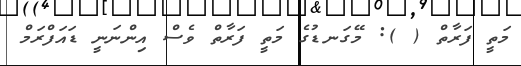
މަތީ ފަރާތް ( ): މޭގަނޑުގެ މަތީ ފަރާތް ވެސް އިންނަނީ ޑައަފްރަމް